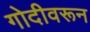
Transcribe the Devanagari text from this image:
गोदीवरून